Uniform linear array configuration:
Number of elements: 8
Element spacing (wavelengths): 0.5
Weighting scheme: hamming
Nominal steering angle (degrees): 60
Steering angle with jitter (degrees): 61.183
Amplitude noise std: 0.05
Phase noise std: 0.05

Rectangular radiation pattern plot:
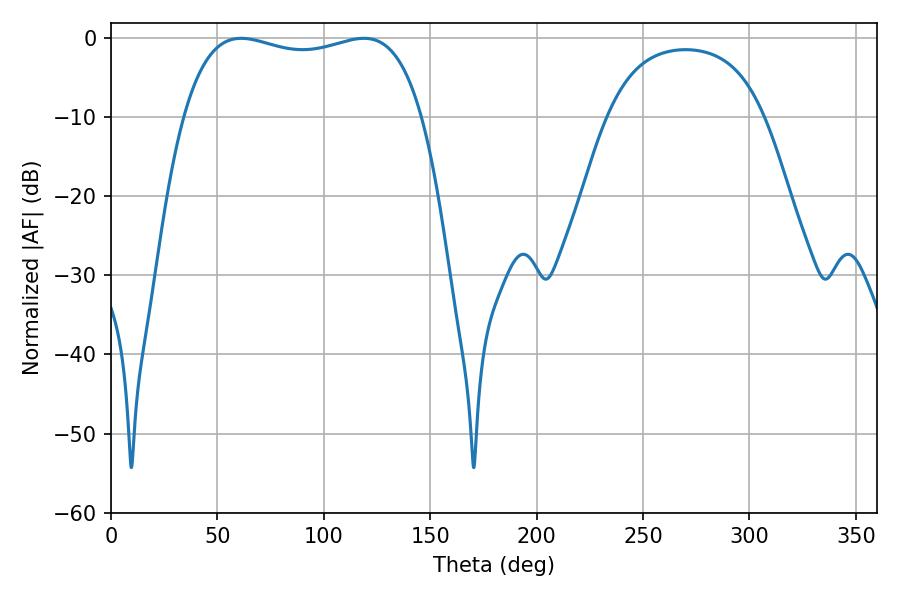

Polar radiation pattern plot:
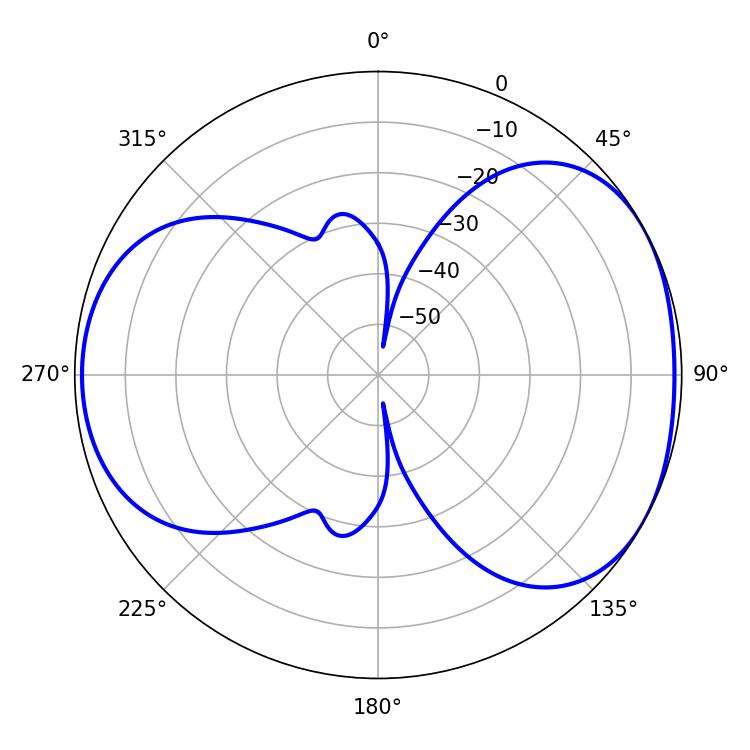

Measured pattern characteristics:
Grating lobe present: FALSE
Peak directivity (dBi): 4.747
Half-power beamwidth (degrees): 91.08
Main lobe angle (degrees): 61.2